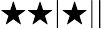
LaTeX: \bigstar\bigstar|\bigstar||